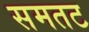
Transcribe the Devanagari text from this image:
समतट